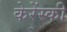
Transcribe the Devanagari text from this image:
केरेंस्की